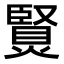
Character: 𤏿